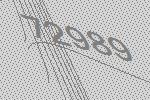
72989